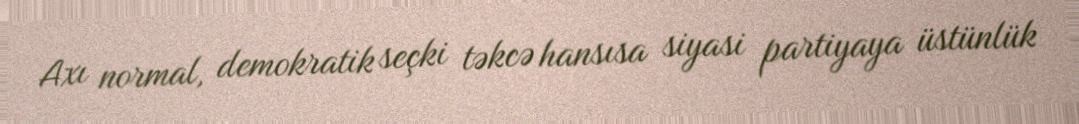
Axı normal, demokratik seçki təkcə hansısa siyasi partiyaya üstünlük